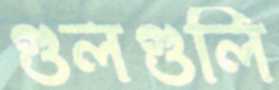
গুলগুলি